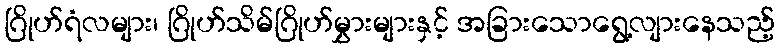
ဂြိုဟ်ရံလများ၊ ဂြိုဟ်သိမ်ဂြိုဟ်မွှားများနှင့် အခြားသောရွေ့လျားနေသည့်